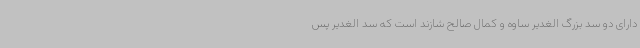
دارای دو سد بزرگ الغدیر ساوه و کمال صالح شازند است که سد الغدیر پس